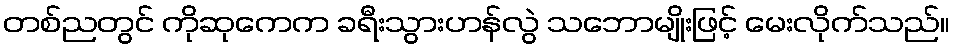
တစ်ညတွင် ကိုဆုကေက ခရီးသွားဟန်လွဲ သဘောမျိုးဖြင့် မေးလိုက်သည်။